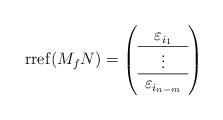
LaTeX: \begin{align*}\operatorname{rref}(M_f N) = \left( \begin{array}{c}\varepsilon_{i_1} \\\hline \vdots \\ \hline\varepsilon_{i_{n-m}}\end{array}\right)\end{align*}